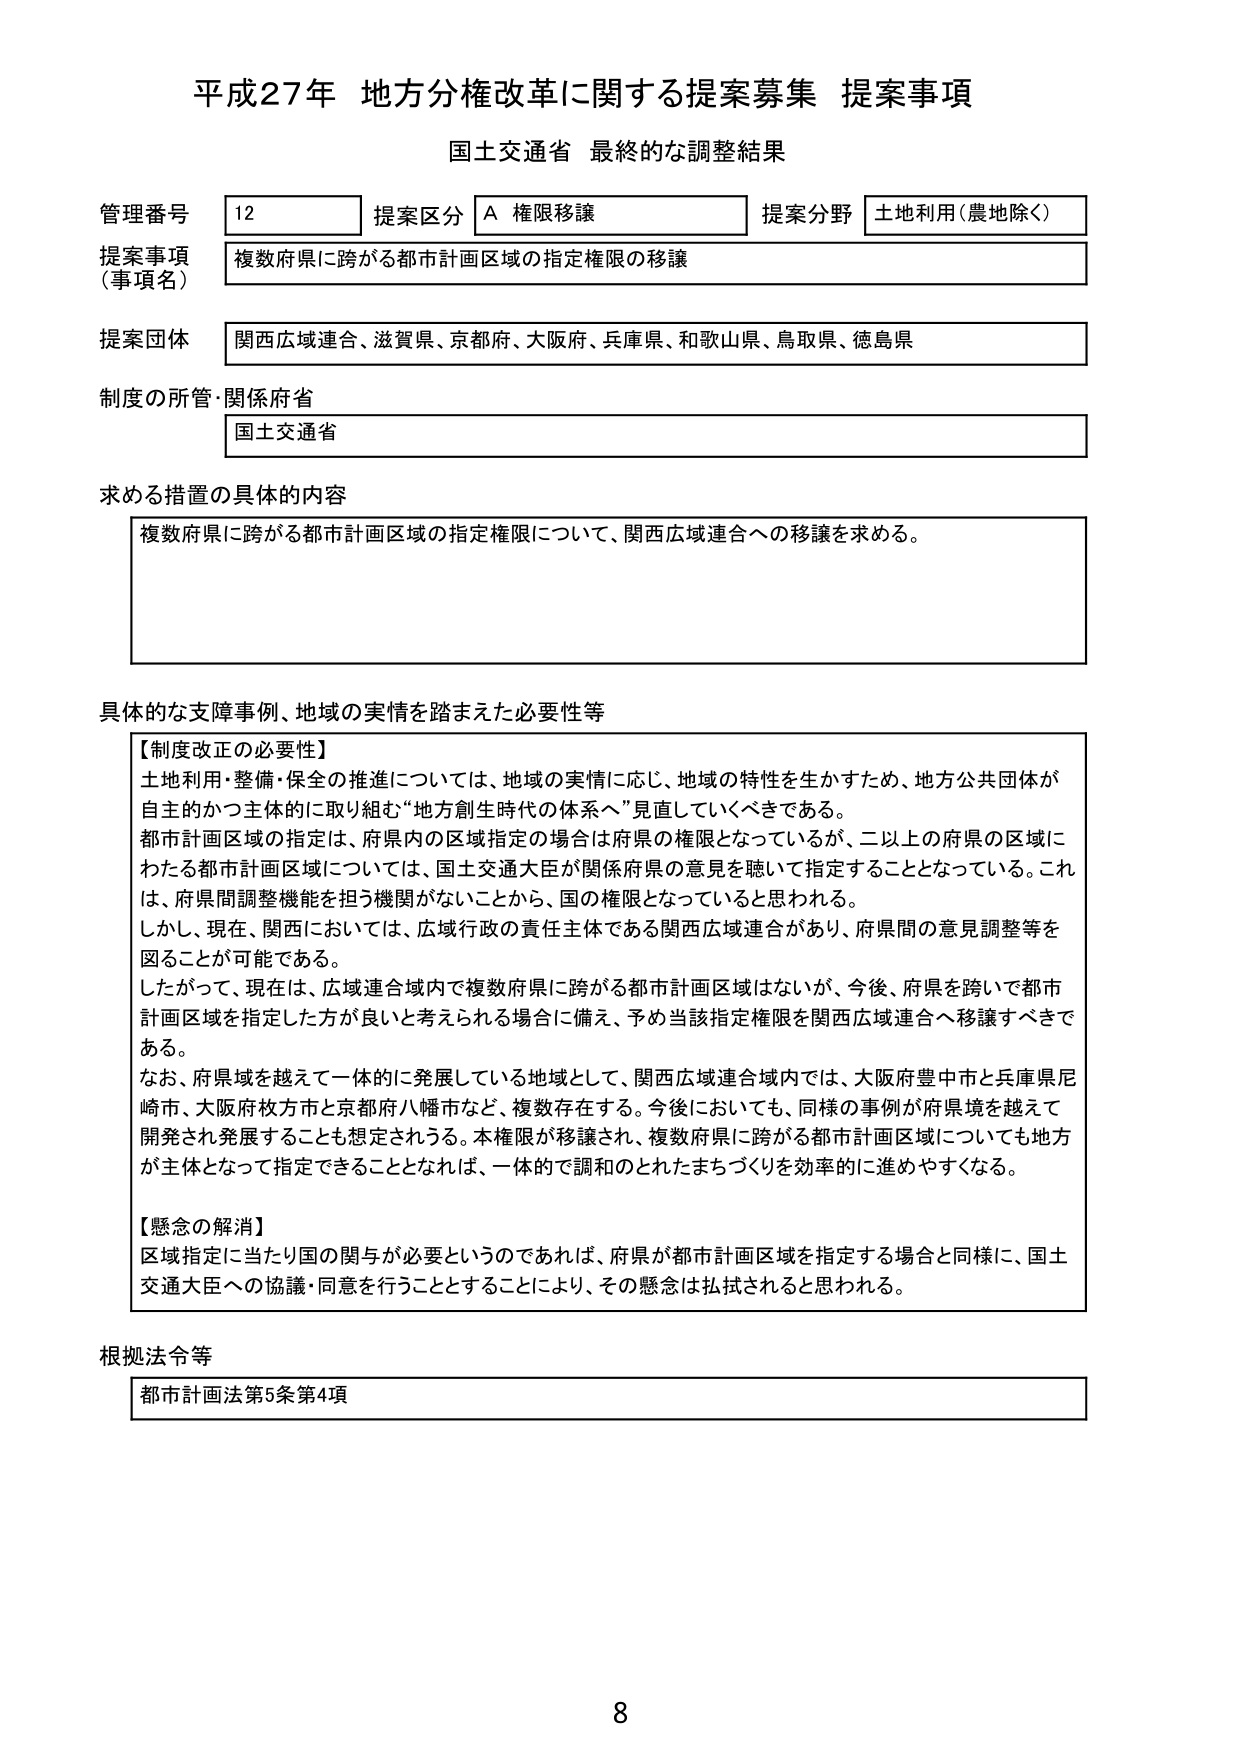
平成27年 地方分権改革に関する提案募集 提案事項
国土交通省 最終的な調整結果

管理番号 12
提案区分 A 権限移譲
提案分野 土地利用（農地除く）

提案事項（事項名） 複数府県に跨がる都市計画区域の指定権限の移譲

提案団体 関西広域連合、滋賀県、京都府、大阪府、兵庫県、和歌山県、鳥取県、徳島県

制度の所管・関係府省 国土交通省

求める措置の具体的内容
複数府県に跨がる都市計画区域の指定権限について、関西広域連合への移譲を求める。

具体的な支障事例、地域の実情を踏まえた必要性等
【制度改正の必要性】
土地利用・整備・保全の推進については、地域の実情に応じ、地域の特性を生かすため、地方公共団体が自主的かつ主体的に取り組む“地方創生時代の体系へ”見直していくべきである。
都市計画区域の指定は、府県内の区域指定の場合は府県の権限となっているが、二以上の府県の区域にわたる都市計画区域については、国土交通大臣が関係府県の意見を聴いて指定することとなっている。これは、府県間調整機能を担う機関がないことから、国の権限となっていると思われる。
しかし、現在、関西においては、広域行政の責任主体である関西広域連合があり、府県間の意見調整等を図ることが可能である。
したがって、現在は、広域連合域内で複数府県に跨がる都市計画区域はないが、今後、府県を跨いで都市計画区域を指定した方が良いと考えられる場合に備え、予め当該指定権限を関西広域連合へ移譲すべきである。
なお、府県域を越えて一体的に発展している地域として、関西広域連合域内では、大阪府豊中市と兵庫県尼崎市、大阪府枚方市と京都府八幡市など、複数存在する。今後においても、同様の事例が府県境を越えて開発され発展することも想定されうる。本権限が移譲され、複数府県に跨がる都市計画区域についても地方が主体となって指定できることとなれば、一体的で調和のとれたまちづくりを効率的に進めやすくなる。

【懸念の解消】
区域指定に当たり国の関与が必要というのであれば、府県が都市計画区域を指定する場合と同様に、国土交通大臣への協議・同意を行うこととすることにより、その懸念は払拭されると思われる。

根拠法令等
都市計画法第5条第4項

8